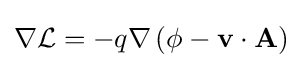
\nabla {\mathcal {L}}=-q\nabla \left(\phi -\mathbf {v} \cdot \mathbf {A} \right)